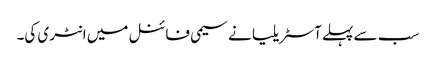
سب سے پہلے آسٹریلیا نے سیمی فائنل میں انٹری کی۔